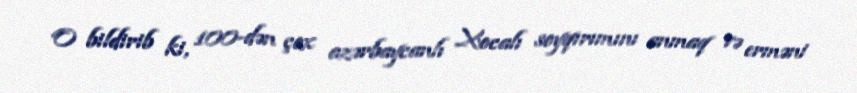
O bildirib ki, 100-dən çox azərbaycanlı Xocalı soyqırımını anmaq və erməni